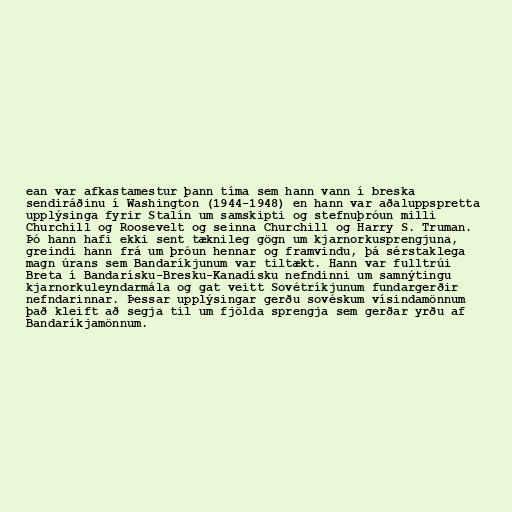
ean var afkastamestur þann tíma sem hann vann í breska
sendiráðinu í Washington (1944-1948) en hann var aðaluppspretta
upplýsinga fyrir Stalín um samskipti og stefnuþróun milli
Churchill og Roosevelt og seinna Churchill og Harry S. Truman.
Þó hann hafi ekki sent tæknileg gögn um kjarnorkusprengjuna,
greindi hann frá um þróun hennar og framvindu, þá sérstaklega
magn úrans sem Bandaríkjunum var tiltækt. Hann var fulltrúi
Breta í Bandarísku-Bresku-Kanadísku nefndinni um samnýtingu
kjarnorkuleyndarmála og gat veitt Sovétríkjunum fundargerðir
nefndarinnar. Þessar upplýsingar gerðu sovéskum vísindamönnum
það kleift að segja til um fjölda sprengja sem gerðar yrðu af
Bandaríkjamönnum.